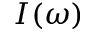
I ( \omega )